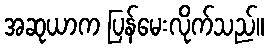
အဆုယာက ပြန်မေးလိုက်သည်။